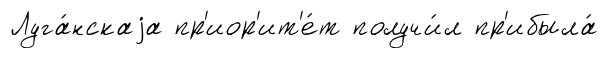
Луга́нскаjа пр'иор'ит'е́т получи́л пр'ибыла́